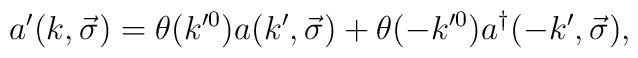
a'(k,\vec{\sigma})=\theta(k^{\prime 0})a(k',\vec{\sigma})+\theta(-k^{\prime 0})a^{\dagger}(-k',\vec{\sigma}),